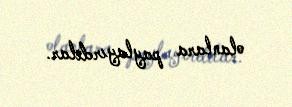
olanlara paylayırdılar.